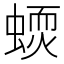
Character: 𧏦